King Institute of Preventive Medicine Bacteriolog. Section reports 1907-08
Year: 1907
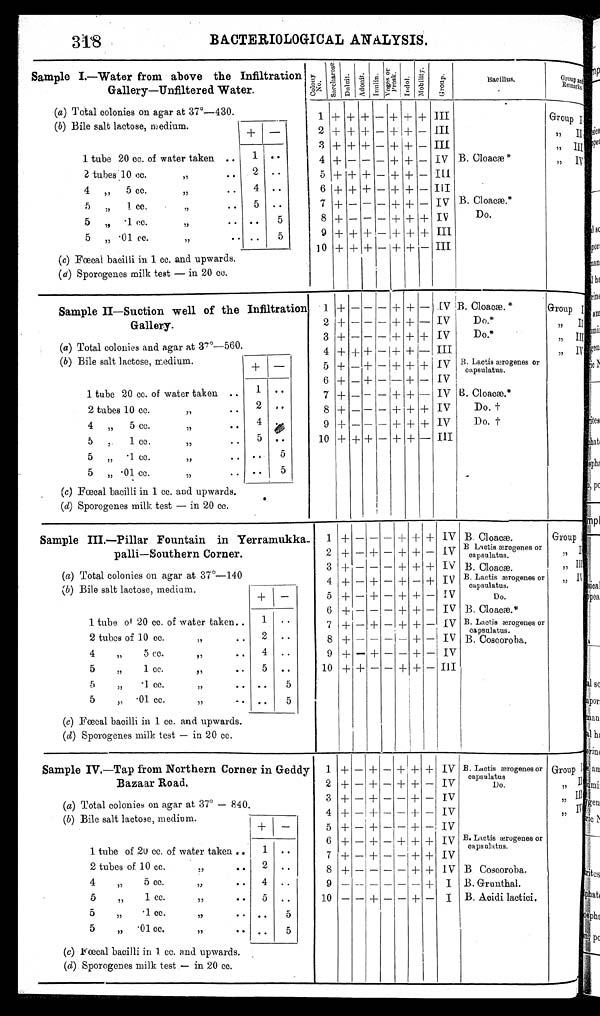
318
BACTERIOLOGICAL ANALYSIS.
Sample I.—Water from above the Infiltration
Gallery-Unfiltered Water.
C o l o n y N o .
S a c c h e r o s e . Du l c i t . Ad o n i t .
I n u l i n . V o g e s o r P r o s k . I n d o l . Mo b i l i t y . G r o u p .
Bacillus.
Group
and Remar ks.
(a) Total colonies on agar at 37°—430.
1 + + + - + + + III
Group I
(b) Bile salt lactose, medium.
+ -
2 + + + - + + - III
,, II
3 + + + - + + - III
,, III
1 tube 20 cc. of water taken
1 . .
4 + - - - + + - IV B. Cloacæ*
,, IV
2 tubes
1 0 c c .
,,
.. 2
. .
5 + + + - + ++ - III
4 „ 5 cc.
,,
.. 4 . .
6 + + + - + + - III
5 „ 1 cc.
,, ..
5
. .
7 + - - - + + - IV B. Cl oacæ. *
5
.. 5
8 + - - - + + + IV
Do.
„ .1 cc.
,,
. .
5
9 + + + - + + + III
5 „ .01 cc.
,,
..
(c) Fœcal bacilli in 1 cc. and upwards.
10 + + + - + + - III
(d) Sporogenes milk test — in 20 cc.
Sample II—Suction well of the Infiltration
Gallery.
1 + - - - + + - IV B. Cloacæ.*
Group I
2 + - - - + + - IV
Do.*
,, II
3 + - - - + + + IV
Do.*
,, III
(a) Total colonies and agar at 37°—560.
4 + + + - + + - III
, , I V
(b) Bile salt lactose, medium.
+ -
5 + - + - + + +
I V
6 + - + - - + - IV
B. Lactis ærogenes or
capsulatus.
1 tube 20 cc. of water taken ..
1 . .
7 + - - - + + - IV B. Cl oacæ. *
2 tubes 10 cc.
,,
.. 2 . .
8 + - - - + + + IV
Do. †
4 , , 5 cc.
,,
.. 4 . .
9 + - - - + + + IV
Do. †
5 ,,
1 cc.
,,
.. 5 ..
10 + + + - + + - III
5 ,,
.1 cc.
,, .. .. 5
5 „ .01 cc.
,,
.. . .
5
(c) Fœcal bacilli in 1 cc. and upwards.
(d) Sporogenes milk test — in 20 cc.
Sample III.—Pillar Fountain in Yerramukka
- palli—Southern Corner.
1 + - - - + + + IV B. Cloacæ.
Group I
2 + - + - + + - IV B Lactis ærogenes or
capsulatus.
, , I I
3 + - - - + + +
IV B. Cloacæ.
„ III
(a) Total colonies on agar at 37°—140
4 + - + - + - + IV
, , I V
B. Lactis ærogenes or
capsulatus.
(b) Bile salt lactose, medium.
+ -
5 + - + - + + - IV
Do.
6 + - - - + + - IV B. Cloacæe.*
1 tube of 20 cc. of water taken ..
1 . .
7 + - + - + + -
I V B. Lactis ærogenes or
capsulatus.
2 tubes of 10 cc.
, , . . 2 ..
8 + - - - - + - IV B. Coscoroba.
4
, ,
5 cc.
, , . . 4
. .
9 + - + - - + - IV
5
„
1 cc.
, , . . 5 ..
10 + + - - + + -
I I I
5
„ .1 cc.
, , . . . .
5
5
, , . 0 1 c c .
, , . .
5
(c) Fœcal bacilli in 1 cc. and upwards.
(d) Sporogenes milk test — in 20 cc.
Sample IV.—Tap from Northern Corner in Geddy
Bazaar Road.
1 + - + - + + + IV B. Lactis ærogenes or
capsulatus
Group I
2 + - + - + + - IV
,, II
DO.
(a) Total colonies on agar at 37°— 840.
3 + - + - - + - IV
,, III
(b) Bile salt lactose, medium.
4 + - + - - + - IV
+ –
5 + - + - - + - IV
6 + - + - + + +
I V B. Lactis ærogenes or
capsulatus.
1 tube of 20 cc. of water taken .. 1
. .
7 + - + - - + + IV
2 tubes of 10 cc.
,, .. 2 ..
8 + - - - - + + IV B Coscoroba.
4
, ,
5 cc.
,, ..
4 ..
9 - - - - - - + I B. Grunthal.
5
„
1 cc.
, , . .
5
. .
10 - - + - - + - I B. Acidi lactici.
5
,, .1 cc.
,, ..
. .
5
5
„ .01 cc.
,, ..
. .
5
(c) Fœcal bacilli in 1. cc. and upwards.
(d) Sporogenes milk test — in 20 cc.